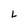
Character: L